Report of the Indian Hemp Drugs Commission, 1894-1895 - Volume VII
Year: 1894
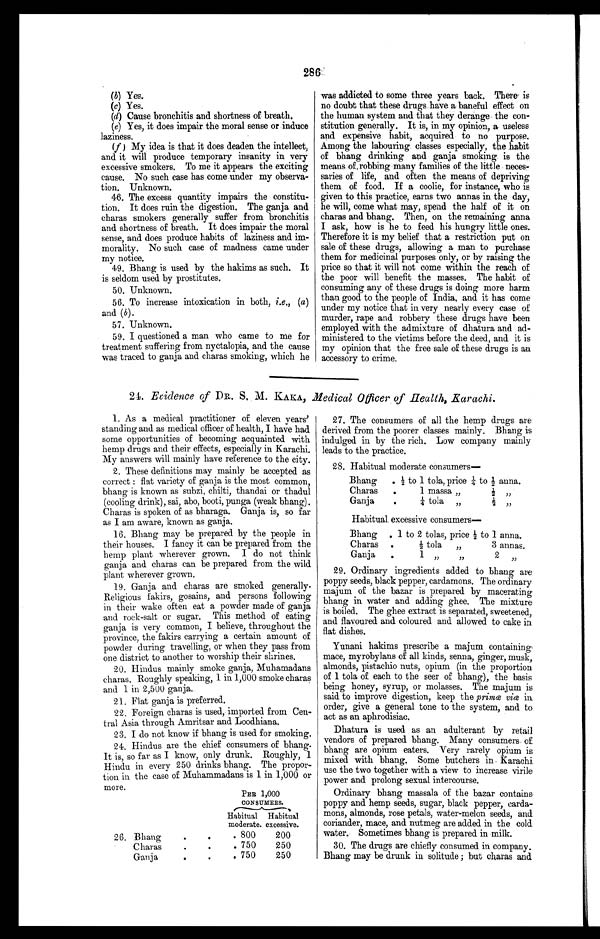
286
•
(b) Yes.
(c) Yes.
(d) Cause bronchitis and shortness of breath.
(e)
Yes, it does impair the moral sense or induce
laziness.
(f)
My idea is that it does deaden the intellect,
and it will produce temporary insanity in very
excessive smokers. To me it appears the exciting
cause. No such case has come under my observa-
tion. Unknown.
46. The excess quantity impairs the constitu-
tion. It does ruin the digestion. The ganja and
charas smokers generally suffer from bronchitis
and shortness of breath. It does impair the moral
sense, and does produce habits of laziness and im-
morality. No such case of madness came under
my notice.
49. Bhang is used by the hakims as such. It
is seldom used by prostitutes.
50. Unknown.
56. To increase intoxication in both, i.e., (a)
and ( b).
57. Unknown.
59. I questioned a man who came to me for
treatment suffering from nyctalopia, and the cause
was traced to ganja and charas smoking, which he
was addicted to some three years back. There is
no doubt that these drugs have a baneful effect on
the human system and that they derange the con-
stitution generally. It is, in my opinion, a useless
and expensive habit, acquired to no purpose.
Among the labouring classes especially, the habit
of bhang drinking and ganja smoking is the
means of, robbing many families of the little neces-
saries of life, and often the means of depriving
them of food. If a coolie, for instance, who is
given to this practice, earns two annas in the day,
he will, come what may, spend the half of it on
charas and bhang. Then, on the remaining anna
I ask, how is he to feed his hungry little ones.
Therefore it is my belief that a restriction put on
sale of these drugs, allowing a man to purchase
them for medicinal purposes only, or by raising the
price so that it will not come within the reach of
the poor will benefit the masses. The habit of
consuming any of these drugs is doing more harm
than good to the people of India, and it has come
under my notice that in very nearly every case of
murder, rape and robbery these drugs have been
employed with the admixture of dhatura and ad-
ministered to the victims before the deed, and it is
my opinion that the free sale of these drugs is an
accessory to crime.
24. Evidence of DR. S. M. KAKA, Medical Officer of Health, Karachi.
1. As a medical practitioner of eleven years'
standing and as medical officer of health, I have had
some opportunities of becoming acquainted with
hemp drugs and their effects, especially in Karachi.
My answers will mainly have reference to the city.
2. These definitions may mainly be accepted as
correct : flat variety of ganja is the most common,
bhang is known as subzi, chilti, thandai or thadul
(cooling drink), sai, abo, booti, punga (weak bhang) .
Charas is spoken of as bharaga. Ganja is, so far
as I am aware, known as ganja.
16. Bhang may be prepared by the people in
their houses. I fancy it can be prepared from the
hemp plant wherever grown. I do not think
ganja and charas can be prepared from the wild
plant wherever grown.
19. Ganja and charas are smoked generally.
Religious fakirs, gosains, and persons following
in their wake often eat a powder made of ganja
and rock-salt or sugar. This method of eating
ganja is very common, I believe, throughout the
province, the fakirs carrying a certain amount of
powder during travelling, or when they pass from
one district to another to worship their shrines.
20. Hindus mainly smoke ganja, Muhamadans
charas. Roughly speaking, 1 in 1,000 smoke charas
and 1 in 2,500 ganja.
21. Flat ganja is preferred.
22. Foreign charas is used, imported from Cen-
tral Asia through Amritsar and Loodhiana.
23. I do not know if bhang is used for smoking.
24. Hindus are the chief consumers of bhang.
It is, so far as I know, only drunk. Roughly, 1
Hindu in every 250 drinks bhang. The propor-
tion in the case of Muhammadans is 1 in 1,000 or
more.
27. The consumers of all the hemp drugs are
derived from the poorer classes mainly. Bhang is
indulged in by the rich. Low company mainly
leads to the practice.
28. Habitual moderate consumers
—
Bhang ½ to 1 tola, price ¼t o ½
a n n a .
Charas 1 massa „
½ , ,
Ganja ¼ tola ,, ½ ,,
Habitual excessive consumers
—
Bhang 1 to 2 tolas, price ½ to 1 anna.
Charas ½ tola „ 3 annas.
Ganja 1 ,, ,, 2 ,,
29. Ordinary ingredients added to bhang are
poppy seeds, black pepper, cardamons. The ordinary
majum of the bazar is prepared by macerating
bhang in water and adding ghee. The mixture
is boiled. The ghee extract is separated, sweetened,
and flavoured and coloured and allowed to cake in
flat dishes.
Yunani hakims prescribe a majum containing.
mace, myrobylans of all kinds, senna, ginger, musk,
almonds, pistachio nuts, opium (in the proportion
of 1 tola of each to the seer of bhang), the basis
being honey, syrup, or molasses. The majum is
said to improve digestion, keep the prima via in
order, give a general tone to the system, and to
act as an aphrodisiac.
Dhatura is used as an adulterant by retail
vendors of prepared bhang. Many consumers of
bhang are opium eaters. Very rarely opium is
mixed with bhang. Some butchers in Karachi
use the two together with a view to increase virile
power and prolong sexual intercourse.
Ordinary bhang massala of the bazar contains
poppy and hemp seeds, sugar, black pepper, carda-
mons, almonds, rose petals, water-melon seeds, and
coriander, mace, and nutmeg are added in the cold
water. Sometimes bhang is prepared in milk.
30. The drugs are chiefly consumed in company.
Bhang may be drunk in solitude ; but charas and
PER 1,000
CONSUMERS. H a b i t u a l
m o d e r a t e .
Habitual
e x c e s s i v e .
26. Bhang
8 0 0
2 0 0
Charas
7 5 0
2 5 0
Ganja
7 5 0
2 5 0